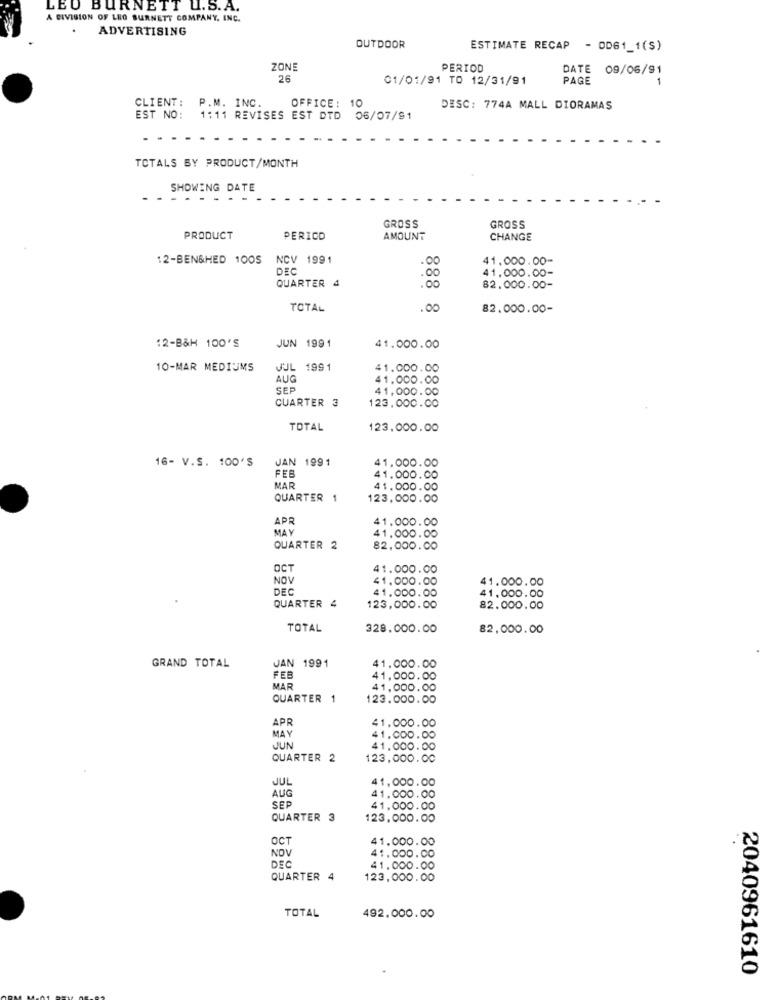
LEO BURNETT U.S.A.
A DIVISION OF LEO BURNETT COMPANY, INC.
ADVERTISING
OUTDOOR
ESTIMATE RECAP
- OD61_1(S)
ZONE
PERIOD
DATE 09/06/91
26
01/01/91 TO 12/31/91
PAGE
CLIENT:
P.M. INC.
OFFICE: 10
DESC: 774A MALL DIORAMAS
EST NO: 1:11 REVISES EST DTD 06/07/91
TOTALS BY PRODUCT/MONTH
SHOWING DATE
GROSS
GROSS
PRODUCT
PERICD
AMOUNT
CHANGE
12-BEN&HED 1005
NCV 1991
41.000.00-
DEC
QUARTER 4
41.000.00-
82.000.00-
TOTAL
888 8
82.000.00-
12-B&H 100'S
JUN 1991
41.000.00
10-MAR MEDIUMS
JUL
1991
41.000.00
AUG
41.000.00
SEP
41,000.00
CUARTER 3
8888
123,000.00
TOTAL
123.000.00
16- V.S. 100'S
JAN 1991
41.000.00
FEB
41.000.00
MAR
41.000.00
QUARTER 1
123.000.00
8888
APR
41,000.00
MAY
41.000.00
QUARTER 2
82,000.00
OCT
41.000.00
NOW
41.000.00
41.000.00
DEC
41.000.0
123,000.00
41.000.00
QUARTER 4
8888
82.000.00
TOTAL
328.000.00
82.000.00
JAN 1991
GRAND TOTAL
41,000.00
FEB
41,000.00
MAR
41,000.00
QUARTER 1
123.000.00
8888
APR
41,000.00
MAY
41.000.00
JUN
41.000.00
QUARTER 2
123,000.00
8888
JUL
41,000.00
AUG
41,000.00
SEP
41.000.00
QUARTER 3
123,000.00
8888
OCT
41.000.00
NOV
41.000.00
DEC
41.000.00
QUARTER
123.000.00
8888
TOTAL
492.000.00
2040961610